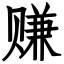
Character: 赚